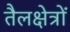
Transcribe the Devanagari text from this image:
तैलक्षेत्रों